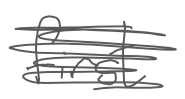
Text: first
Cross-out: scratch
Writing tool: digital_gray